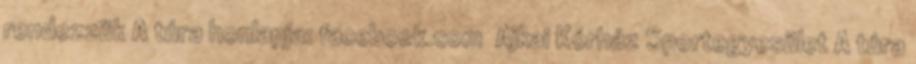
rendezzük A túra honlapja: facebook.com Ajkai Kórház Sportegyesület A túra